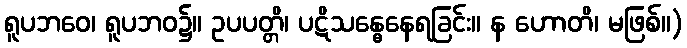
ရူပဘဝေ၊ ရူပဘဝ၌။ ဥပပတ္တိ၊ ပဋိသန္ဓေနေရခြင်း။ န ဟောတိ၊ မဖြစ်။)